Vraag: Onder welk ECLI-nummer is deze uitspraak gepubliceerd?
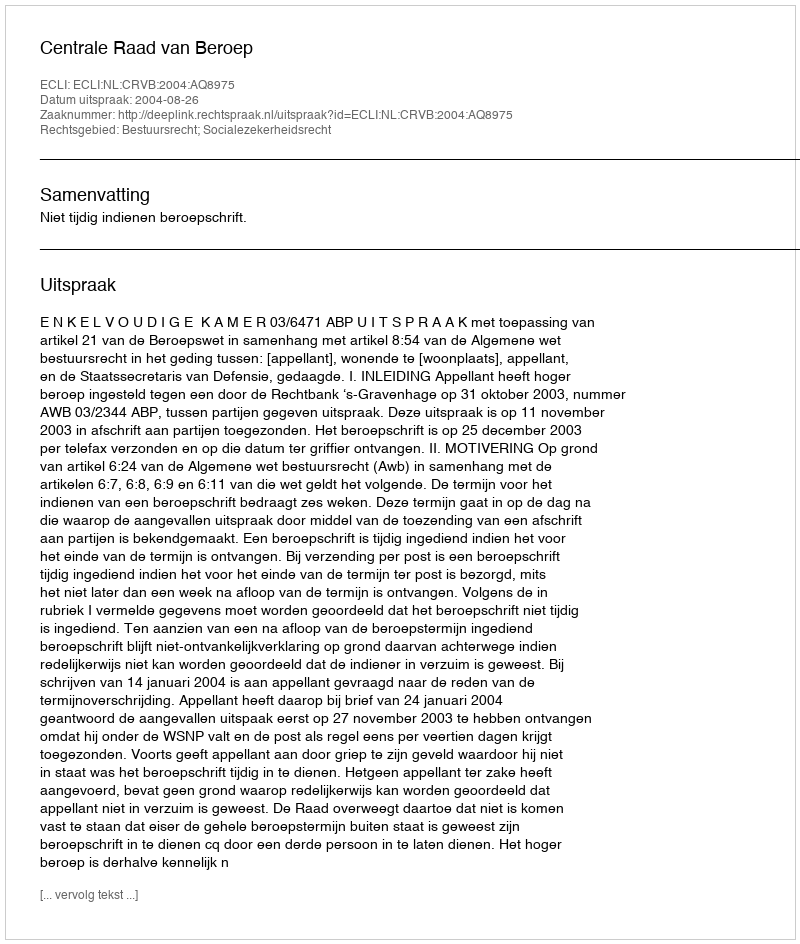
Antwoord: ECLI:NL:CRVB:2004:AQ8975